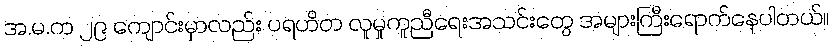
အ.မ.က ၂၉ ကျောင်းမှာလည်း ပရဟိတ လူမှုကူညီရေးအသင်းတွေ အများကြီးရောက်နေပါတယ်။